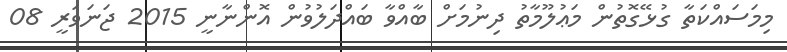
މިމަސައްކަތާ ގުޅޭގޮތުން މަޢުލޫމާތު ދިނުމަށް ބާއްވާ ބައްދަލުވުން އޮންނާނީ 2015 ޖަނަވަރީ 08